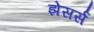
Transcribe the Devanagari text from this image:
झेसर्स